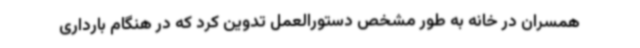
همسران در خانه به طور مشخص دستورالعمل تدوین کرد که در هنگام بارداری